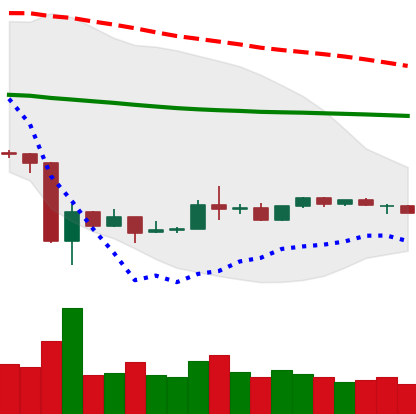
Ticker: LTC-USD
Chart end date: 2020-03-29
Forward return: 8.107%
Label: up_7plus